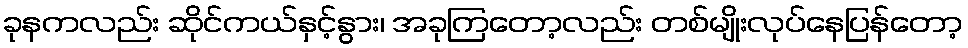
ခုနကလည်း ဆိုင်ကယ်နှင့်နွား၊ အခုကြတော့လည်း တစ်မျိုးလုပ်နေပြန်တော့